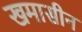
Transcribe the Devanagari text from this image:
खमासीन